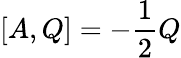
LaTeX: [A,Q]=-{\frac{1}{2}}Q